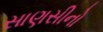
સાણસીનો